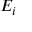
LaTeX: \textstyle E _ { i }